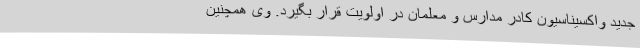
جدید واکسیناسیون کادر مدارس و معلمان در اولویت قرار بگیرد. وی همچنین